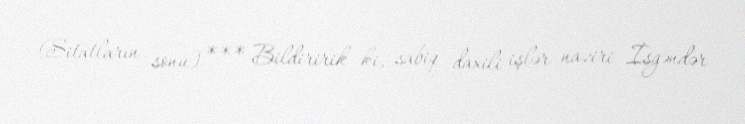
(Sitatların sonu) *** Bildiririk ki, sabiq daxili işlər naziri İsgəndər